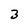
Character: 3